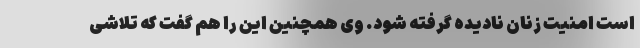
است امنیت زنان نادیده گرفته شود. وی همچنین این را هم گفت که تلاشی